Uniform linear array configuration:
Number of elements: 8
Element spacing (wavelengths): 0.5
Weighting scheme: cosine
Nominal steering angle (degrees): -30
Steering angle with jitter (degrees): -31.669
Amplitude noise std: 0.05
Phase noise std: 0.05

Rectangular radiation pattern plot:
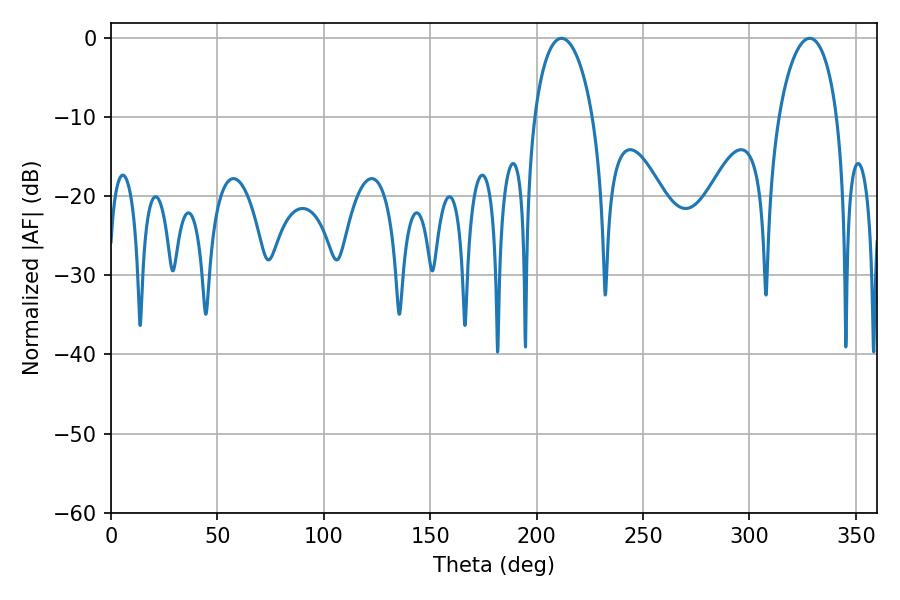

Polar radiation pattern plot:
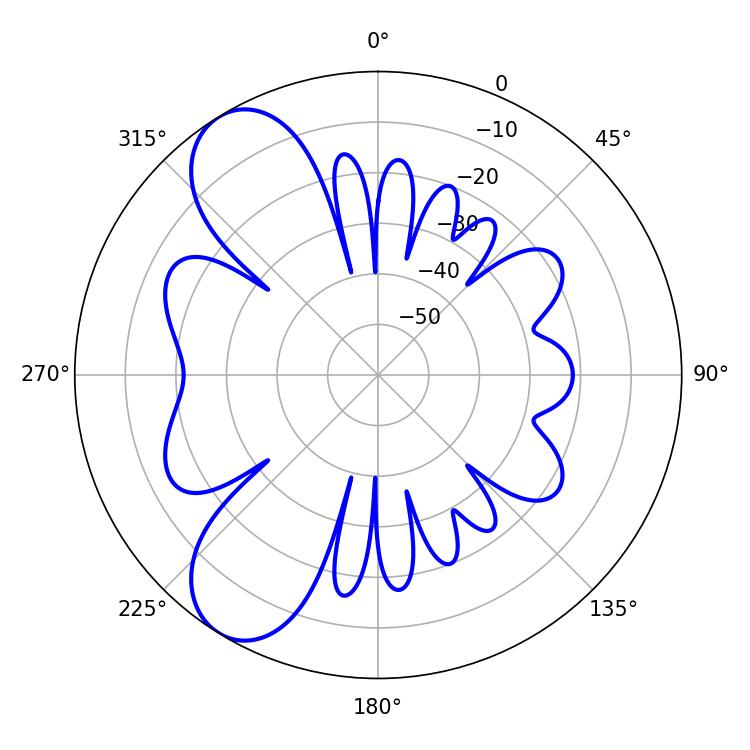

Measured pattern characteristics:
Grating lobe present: FALSE
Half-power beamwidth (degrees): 15.66
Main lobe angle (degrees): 211.68